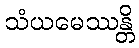
သံယမေဿန္တိ